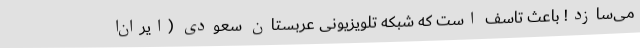
می‌سازد! باعث تاسف است که شبکهٔ‌ تلویزیونی عربستان سعودی (ایران‌ا